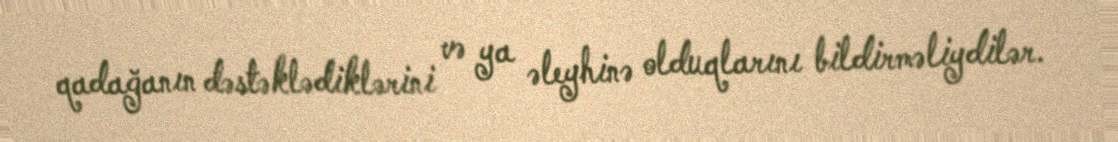
qadağanın dəstəklədiklərini və ya əleyhinə olduqlarını bildirməliydilər.